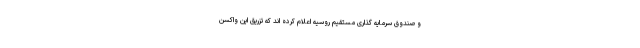
و صندوق سرمایه گذاری مستقیم روسیه اعلام کرده اند که تزریق این واکسن